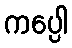
ကပ္ပေါ